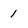
Character: 1